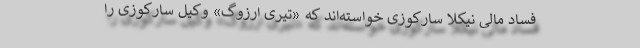
فساد مالی نیکلا سارکوزی خواسته‌اند که «تیری ارزوگ» وکیل سارکوزی را